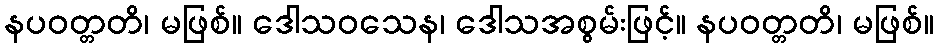
နပဝတ္တတိ၊ မဖြစ်။ ဒေါသဝသေန၊ ဒေါသအစွမ်းဖြင့်။ နပဝတ္တတိ၊ မဖြစ်။